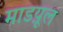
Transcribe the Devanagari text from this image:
माडय़ूल